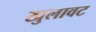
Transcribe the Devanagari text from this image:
खुलावट